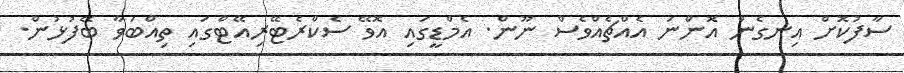
ސާފުކޮށް އިނގެން އޮންނަ އެއްޗެއްވެސް ނޫން. އެމްޑީީގައި އޮވޭ ސެކްރެޓޭރިއޭޓްގައި ތިއްބަވާ ބޭފުޅުން.